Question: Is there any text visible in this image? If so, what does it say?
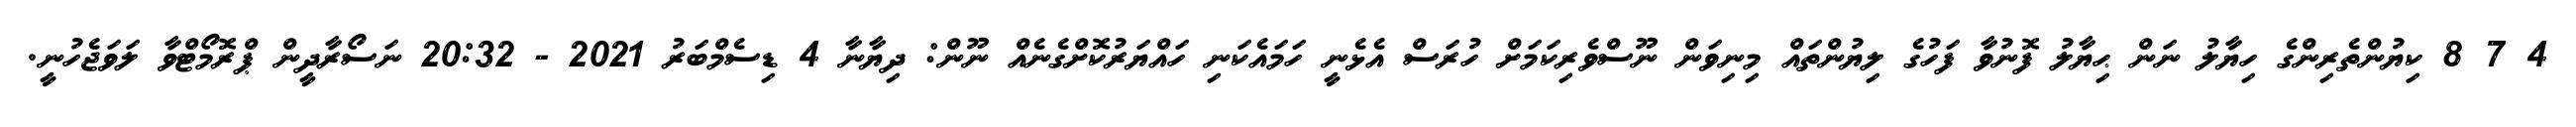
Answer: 4 7 8 ކިޔުންތެރިންގެ ހިޔާލު ނަން ޙިޔާލު ފޮނުވާ ފަހުގެ ލިޔުންތައް މިނިވަން ނޫސްވެރިކަމަށް ހުރަސް އެޅެނީ ހަމައެކަނި ހައްޔަރުކޮށްގެނެއް ނޫން: ދިޔާނާ 4 ޑިސެމްބަރު 2021 - 20:32 ނަސޯރާދީން ޕްރޮމޯޓްވާ ލަވަޖެހުނީ.